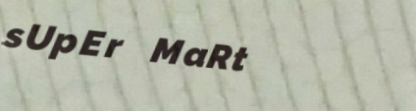
sUpEr MaRt